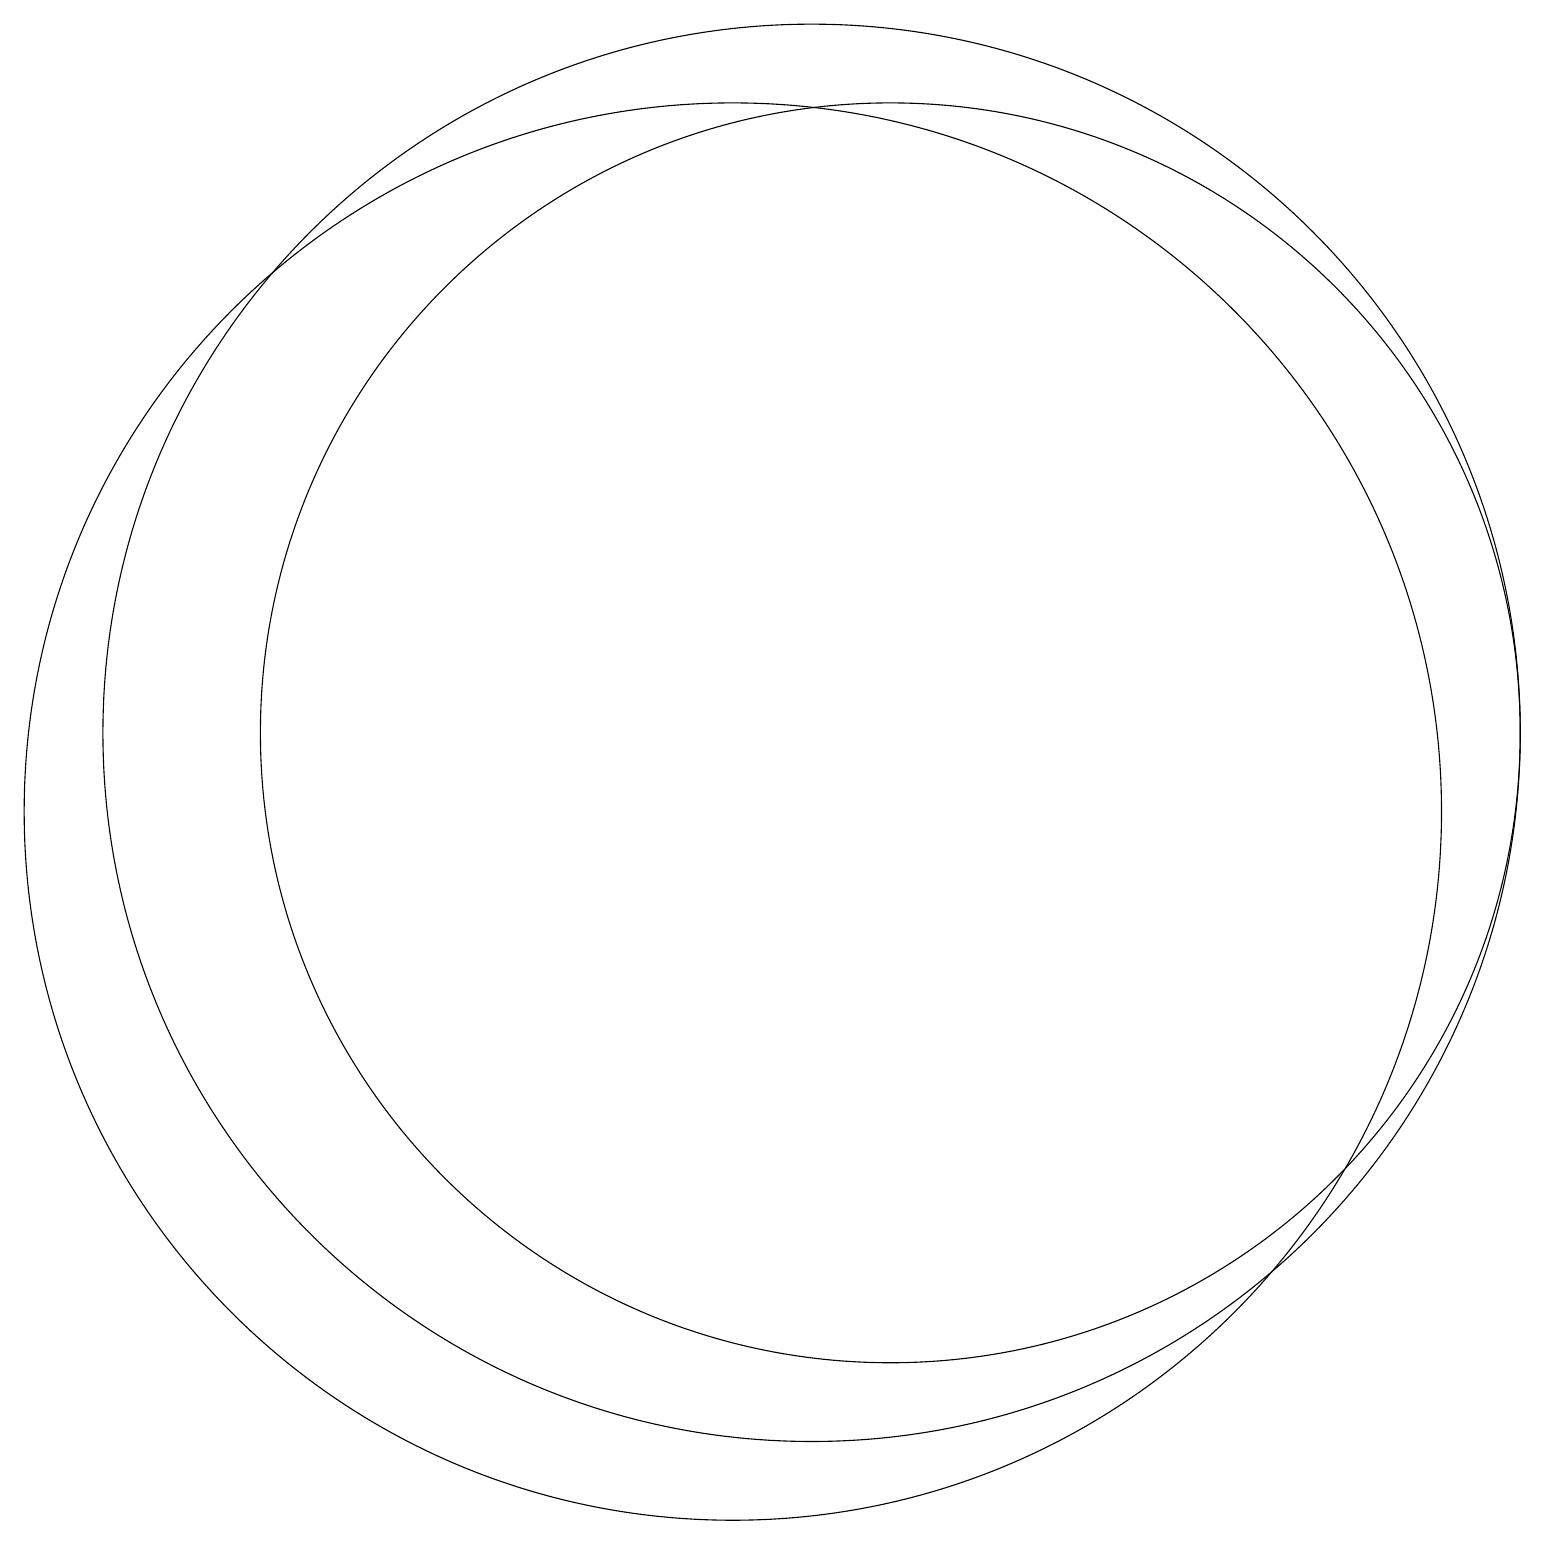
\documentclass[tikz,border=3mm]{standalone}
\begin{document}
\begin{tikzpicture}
\draw (10,10) circle (9);
\draw (12,11) circle (8);
\draw (11,11) circle (9);
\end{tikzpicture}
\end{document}